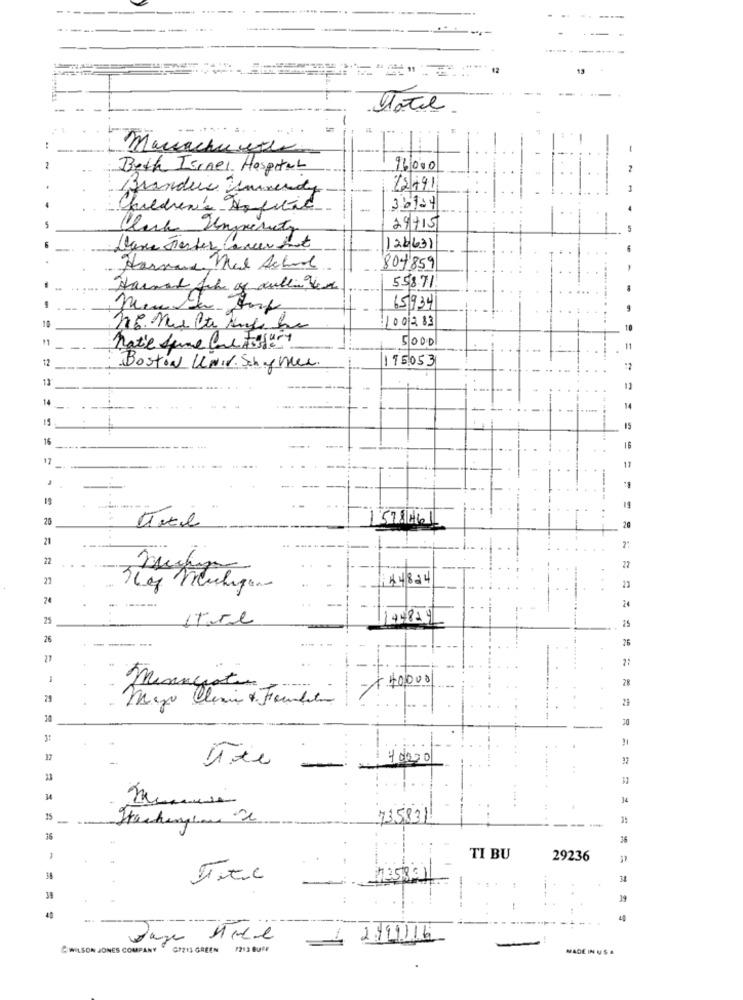
---
---
Total
--.
....
...
:
Manachusse
-
Beth Israel Hospital
96000
2
Brandeis Ummerdy
22491
Children's Appetit
-
26/04
Click University
29+15
Dance Tierter Can
126631
Harrand Med School
804859
558.71
65934
100283
5000
hate fume me Ffert
11
12
115053
Boston UNIV. Schaftler.
12
11
14
14
15
15
16
17
17
19
- -
578461
20
21
22
27
27
44824
23
24
....
25
ITare
144829
15
26
26
2:
+ 40,000
28
miningisto
79
30
3:
--
34
735831
--
36
-
TI BU
29236
39
40
Dagen Hele
- 2/11/16
&WILSON JONES COMPANY " G7213 GREEN 1212 BUFF
MADE IN USA